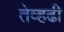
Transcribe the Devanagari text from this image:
तेव्हढी